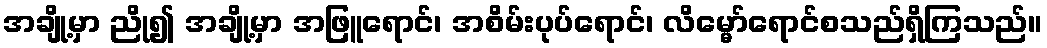
အချို့မှာ ညို၍ အချို့မှာ အဖြူရောင်၊ အစိမ်းပုပ်ရောင်၊ လိမ္မော်ရောင်စသည်ရှိကြသည်။